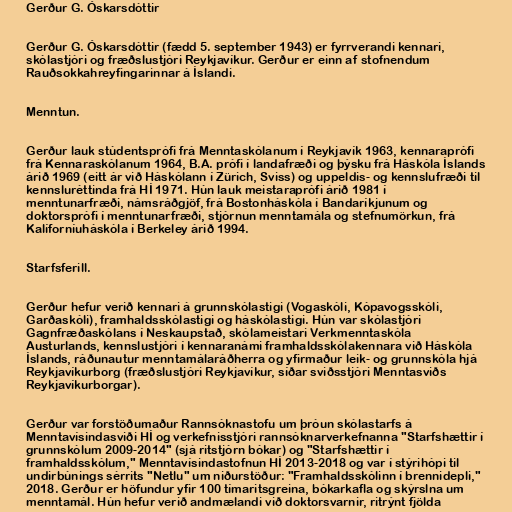
Gerður G. Óskarsdóttir

Gerður G. Óskarsdóttir (fædd 5. september 1943) er fyrrverandi kennari,
skólastjóri og fræðslustjóri Reykjavíkur. Gerður er einn af stofnendum
Rauðsokkahreyfingarinnar á Íslandi.

Menntun.

Gerður lauk stúdentsprófi frá Menntaskólanum í Reykjavík 1963, kennaraprófi
frá Kennaraskólanum 1964, B.A. prófi í landafræði og þýsku frá Háskóla Íslands
árið 1969 (eitt ár við Háskólann í Zürich, Sviss) og uppeldis- og kennslufræði til
kennsluréttinda frá HÍ 1971. Hún lauk meistaraprófi árið 1981 í
menntunarfræði, námsráðgjöf, frá Bostonháskóla í Bandaríkjunum og
doktorsprófi í menntunarfræði, stjórnun menntamála og stefnumörkun, frá
Kalíforníuháskóla í Berkeley árið 1994.

Starfsferill.

Gerður hefur verið kennari á grunnskólastigi (Vogaskóli, Kópavogsskóli,
Garðaskóli), framhaldsskólastigi og háskólastigi. Hún var skólastjóri
Gagnfræðaskólans í Neskaupstað, skólameistari Verkmenntaskóla
Austurlands, kennslustjóri í kennaranámi framhaldsskólakennara við Háskóla
Íslands, ráðunautur menntamálaráðherra og yfirmaður leik- og grunnskóla hjá
Reykjavíkurborg (fræðslustjóri Reykjavíkur, síðar sviðsstjóri Menntasviðs
Reykjavíkurborgar).

Gerður var forstöðumaður Rannsóknastofu um þróun skólastarfs á
Menntavísindasviði HÍ og verkefnisstjóri rannsóknarverkefnanna "Starfshættir í
grunnskólum 2009-2014" (sjá ritstjórn bókar) og "Starfshættir í
framhaldsskólum," Menntavísindastofnun HÍ 2013-2018 og var í stýrihópi til
undirbúnings sérrits "Netlu" um niðurstöður: "Framhaldsskólinn í brennidepli,"
2018. Gerður er höfundur yfir 100 tímaritsgreina, bókarkafla og skýrslna um
menntamál. Hún hefur verið andmælandi við doktorsvarnir, ritrýnt fjölda